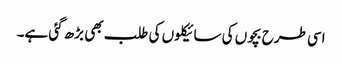
اسی طرح بچوں کی سائیکلوں کی طلب بھی بڑھ گئی ہے۔